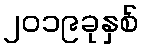
၂၀၁၉ခုနှစ်